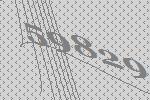
59829